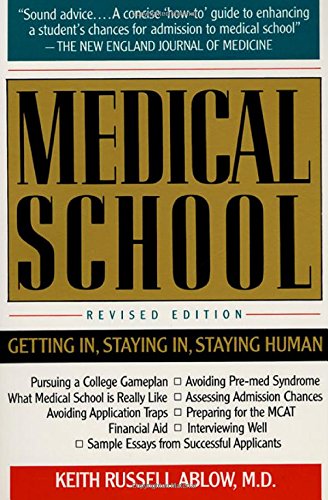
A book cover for Medical School: Getting In, Staying In, Staying Human; Keith Ablow; Education & Teaching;